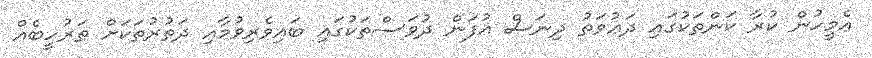
އެމީހުން ކުރާ ކަންތަކުގައި ދަޢުވަތު ދިނަސް އުފަން ދުވަސްތަކުގައި ބައިވެރިވުމާއި ދަތުރުތަކަށް ތަރުހީބެއް